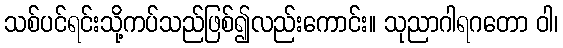
သစ်ပင်ရင်းသို့ကပ်သည်ဖြစ်၍လည်းကောင်း။ သုညာဂါရဂတော ဝါ၊